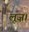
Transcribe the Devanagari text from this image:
लूज़।